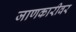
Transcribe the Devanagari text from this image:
जाणकारीवर